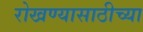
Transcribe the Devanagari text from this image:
रोखण्यासाठीच्या